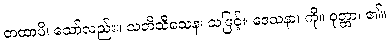
တထာပိ၊ သော်လည်း။ သတိသီသေန၊ သဖြင့်။ ဒေသနာ၊ ကို။ ဝုတ္တာ၊ ၏။